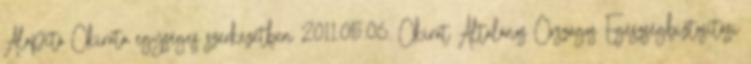
Alapító Okirata egységes szerkezetben 2011.05.06. Okirat Általános Országos Egészségbiztosítási